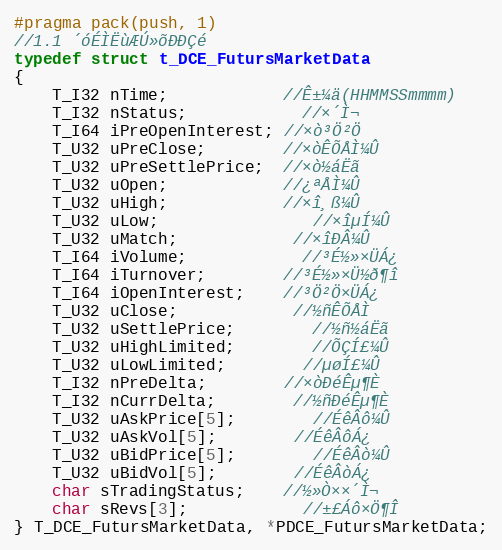
Language: C
#pragma pack(push, 1)
//1.1 ´óÉÌËùÆÚ»õÐÐÇé
typedef struct t_DCE_FutursMarketData
{
	T_I32 nTime;			//Ê±¼ä(HHMMSSmmmm)
	T_I32 nStatus;			//×´Ì¬
	T_I64 iPreOpenInterest; //×ò³Ö²Ö
	T_U32 uPreClose;		//×òÊÕÅÌ¼Û
	T_U32 uPreSettlePrice;  //×ò½áËã
	T_U32 uOpen;			//¿ªÅÌ¼Û
	T_U32 uHigh;			//×î¸ß¼Û
	T_U32 uLow;				//×îµÍ¼Û
	T_U32 uMatch;			//×îÐÂ¼Û
	T_I64 iVolume;			//³É½»×ÜÁ¿
	T_I64 iTurnover;		//³É½»×Ü½ð¶î
	T_I64 iOpenInterest;	//³Ö²Ö×ÜÁ¿
	T_U32 uClose;			//½ñÊÕÅÌ
	T_U32 uSettlePrice;		//½ñ½áËã
	T_U32 uHighLimited;		//ÕÇÍ£¼Û
	T_U32 uLowLimited;		//µøÍ£¼Û
	T_I32 nPreDelta;		//×òÐéÊµ¶È
	T_I32 nCurrDelta;		//½ñÐéÊµ¶È
	T_U32 uAskPrice[5];		//ÉêÂô¼Û
	T_U32 uAskVol[5];		//ÉêÂôÁ¿
	T_U32 uBidPrice[5];		//ÉêÂò¼Û
	T_U32 uBidVol[5];		//ÉêÂòÁ¿
	char sTradingStatus;	//½»Ò××´Ì¬
	char sRevs[3];			//±£Áô×Ö¶Î
} T_DCE_FutursMarketData, *PDCE_FutursMarketData;